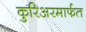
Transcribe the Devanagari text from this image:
कुरिअरमार्फत